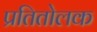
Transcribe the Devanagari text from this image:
प्रतितोलक